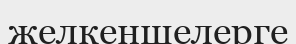
желкеншелерге